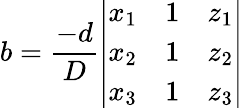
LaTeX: b={\frac{-d}{D}}{\left|\begin{array}{lll}{x_{1}}&{1}&{z_{1}}\\ {x_{2}}&{1}&{z_{2}}\\ {x_{3}}&{1}&{z_{3}}\end{array}\right|}